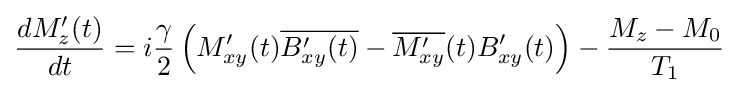
{\frac {dM_{z}'(t)}{dt}}=i{\frac {\gamma }{2}}\left(M'_{xy}(t){\overline {B'_{xy}(t)}}-{\overline {M'_{xy}}}(t)B'_{xy}(t)\right)-{\frac {M_{z}-M_{0}}{T_{1}}}